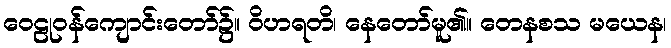
ဝေဠုဝန်ကျောင်းတော်၌။ ဝိဟရတိ၊ နေတော်မူ၏။ တေနစသ မယေန၊